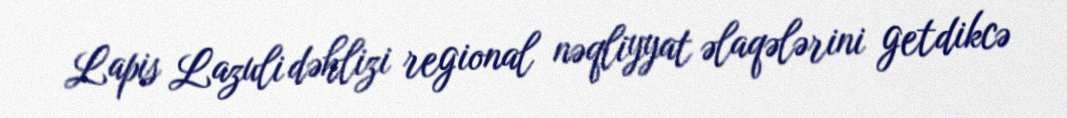
Lapis Lazuli dəhlizi regional nəqliyyat əlaqələrini getdikcə